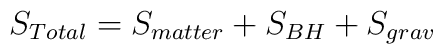
S_{Total} = S_{matter} + S_{BH} + S_{grav}